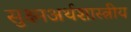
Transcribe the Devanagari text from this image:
सुक्ष्मअर्थशास्त्रीय